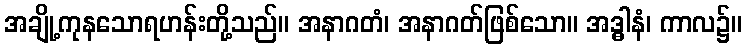
အချို့ကုနသောရဟန်းတို့သည်။ အနာဂတံ၊ အနာဂတ်ဖြစ်သော။ အဒ္ဓါနံ၊ ကာလ၌။